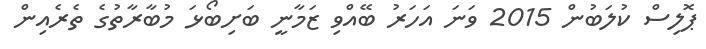
ޕޮލިސް ކުލަބުން 2015 ވަނަ އަހަރު ބޭއްވި ޒަމާނީ ބަށިބޯޅަ މުބާރާތުގެ ތެރެއިން